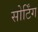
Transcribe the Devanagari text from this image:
सोर्टिंग